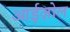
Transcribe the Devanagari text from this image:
आईज़ोल